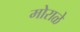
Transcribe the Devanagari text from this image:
मोराळे